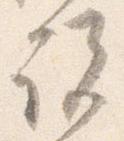
説